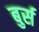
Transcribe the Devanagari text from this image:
बुर्स